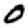
Digit: 0